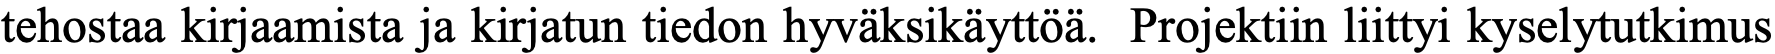
tehostaa kirjaamista ja kirjatun tiedon hyväksikäyttöä. Projektiin liittyi kyselytutkimus